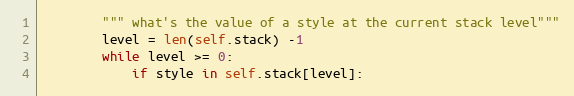
Language: Python
        """ what's the value of a style at the current stack level"""
        level = len(self.stack) -1
        while level >= 0:
            if style in self.stack[level]: